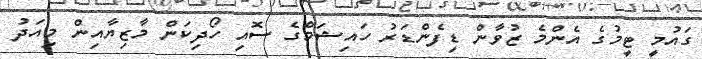
ގައުމީ ޓީމުގެ އެންމެ ޒުވާން ޑިފެންޑަރު ހައިޝަމްގެ ސޮއި ހޯދިކަން މާޒިޔާއިން މިއަދު